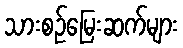
သားစဉ်မြေးဆက်များ